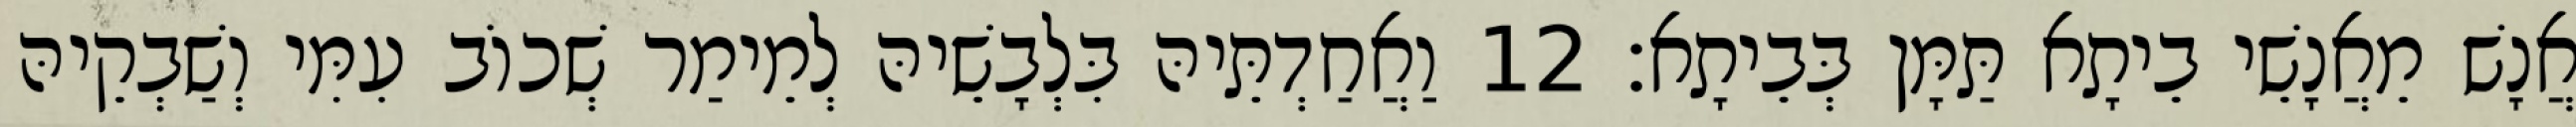
אֲנָשׁ מֵאֲנָשֵׁי בֵיתָא תַּמָּן בְּבֵיתָא׃ 12 וַאֲחַדְתֵּיהּ בִּלְבָשֵׁיהּ לְמֵימַר שְׁכוֹב עִמִּי וְשַׁבְקֵיהּ